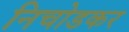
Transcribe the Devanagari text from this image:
निचोडकर